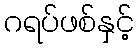
ဂရပ်ဖစ်နှင့်